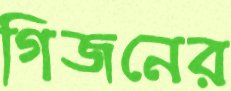
গিজনের